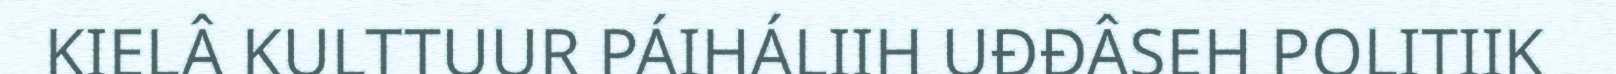
KIELÂ KULTTUUR PÁIHÁLIIH UĐĐÂSEH POLITIIK